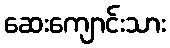
ဆေးကျောင်းသား